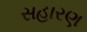
સહારણ